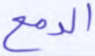
الدمع